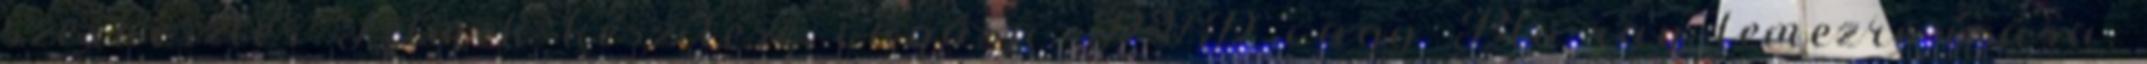
szerkesztés Filmek készítése, vágása, DVD vagy Blu-ray lemezre írása,